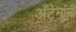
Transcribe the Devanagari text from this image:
अँटेनांनी